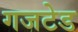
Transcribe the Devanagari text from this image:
गजटेड